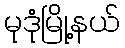
မုဒုံမြို့နယ်